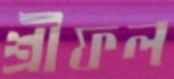
শ্রীফল